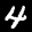
Label: 4